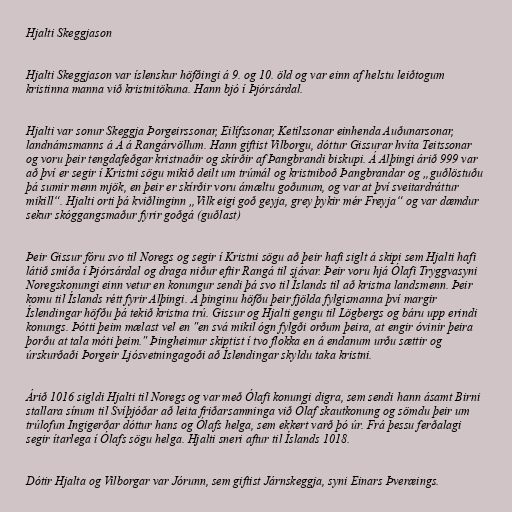
Hjalti Skeggjason

Hjalti Skeggjason var íslenskur höfðingi á 9. og 10. öld og var einn af helstu leiðtogum
kristinna manna við kristnitökuna. Hann bjó í Þjórsárdal.

Hjalti var sonur Skeggja Þorgeirssonar, Eilífssonar, Ketilssonar einhenda Auðunarsonar,
landnámsmanns á Á á Rangárvöllum. Hann giftist Vilborgu, dóttur Gissurar hvíta Teitssonar
og voru þeir tengdafeðgar kristnaðir og skírðir af Þangbrandi biskupi. Á Alþingi árið 999 var
að því er segir í Kristni sögu mikið deilt um trúmál og kristniboð Þangbrandar og „guðlöstuðu
þá sumir menn mjök, en þeir er skírðir voru ámæltu goðunum, og var at því sveitardráttur
mikill“. Hjalti orti þá kviðlinginn „Vilk eigi goð geyja, grey þykir mér Freyja“ og var dæmdur
sekur skóggangsmaður fyrir goðgá (guðlast)

Þeir Gissur fóru svo til Noregs og segir í Kristni sögu að þeir hafi siglt á skipi sem Hjalti hafi
látið smíða í Þjórsárdal og draga niður eftir Rangá til sjávar. Þeir voru hjá Ólafi Tryggvasyni
Noregskonungi einn vetur en konungur sendi þá svo til Íslands til að kristna landsmenn. Þeir
komu til Íslands rétt fyrir Alþingi. Á þinginu höfðu þeir fjölda fylgismanna því margir
Íslendingar höfðu þá tekið kristna trú. Gissur og Hjalti gengu til Lögbergs og báru upp erindi
konungs. Þótti þeim mælast vel en "en svá mikil ógn fylgði orðum þeira, at engir óvinir þeira
þorðu at tala móti þeim." Þingheimur skiptist í tvo flokka en á endanum urðu sættir og
úrskurðaði Þorgeir Ljósvetningagoði að Íslendingar skyldu taka kristni.

Árið 1016 sigldi Hjalti til Noregs og var með Ólafi konungi digra, sem sendi hann ásamt Birni
stallara sínum til Svíþjóðar að leita friðarsamninga við Ólaf skautkonung og sömdu þeir um
trúlofun Ingigerðar dóttur hans og Ólafs helga, sem ekkert varð þó úr. Frá þessu ferðalagi
segir ítarlega í Ólafs sögu helga. Hjalti sneri aftur til Íslands 1018.

Dótir Hjalta og Vilborgar var Jórunn, sem giftist Járnskeggja, syni Einars Þveræings.